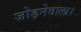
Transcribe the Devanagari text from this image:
जोड़नेवाला।